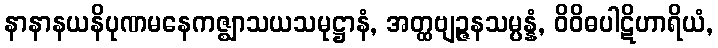
နာနာနယနိပုဏမနေကဇ္ဈာသယသမုဋ္ဌာနံ, အတ္ထဗျဉ္ဇနသမ္ပန္နံ, ဝိဝိဓပါဋိဟာရိယံ,